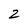
Character: 2